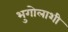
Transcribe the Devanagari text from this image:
भुगोलाशी